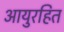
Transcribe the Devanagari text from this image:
आयुरहित